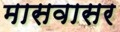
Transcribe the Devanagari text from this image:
मासवासर